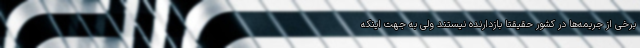
برخی از جریمه‌ها در کشور حقیقتاً بازدارنده نیستند ولی به جهت اینکه